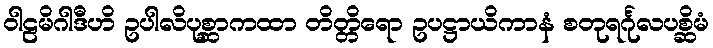
ဝါဠမိဂါဒီဟိ ဥပါလိပုစ္ဆာကထာ တိတ္တိရော ဥပဋ္ဌာယိကာနံ စတုရင်္ဂုလပစ္ဆိမံ